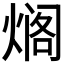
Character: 𰟄